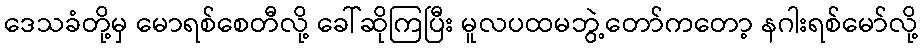
ဒေသခံတို့မှ မောရစ်စေတီလို့ ခေါ်ဆိုကြပြီး မူလပထမဘွဲ့တော်ကတော့ နဂါးရစ်မော်လို့